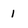
Character: 1